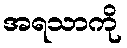
အရသာကို